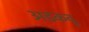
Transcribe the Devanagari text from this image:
अडकवू